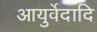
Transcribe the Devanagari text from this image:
आयुर्वेदादि